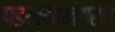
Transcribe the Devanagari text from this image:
पडल्यानंतरच